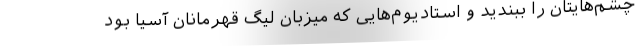
چشم‌هایتان را ببندید و استادیوم‌هایی که میزبان لیگ قهرمانان آسیا بود